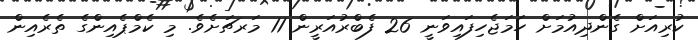
ކުރިއަށް ގެންދިއުމަށް ހަމަޖެހިފައިވަނީ 26 ފެބްރުއަރީން 11 މަރޗަށެވެ. މި ކެމްޕެއިންގެ ތެރެއިން